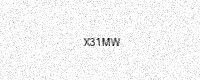
Text: X31MW